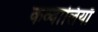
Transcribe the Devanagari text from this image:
कव्वालियाँ